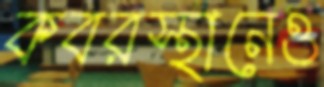
কবরস্থানেও